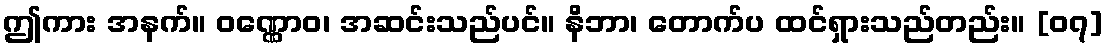
ဤကား အနက်။ ဝဏ္ဏောဝ၊ အဆင်းသည်ပင်။ နိဘာ၊ တောက်ပ ထင်ရှားသည်တည်း။ [၀၇]